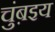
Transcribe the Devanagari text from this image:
चुंब़इय